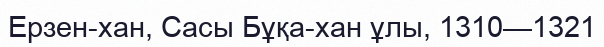
Ерзен-хан, Сасы Бұқа-хан ұлы, 1310—1321